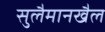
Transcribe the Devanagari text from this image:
सुलैमानखैल